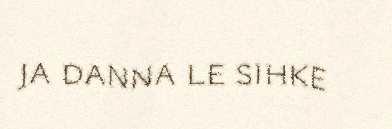
ja danna le sihke